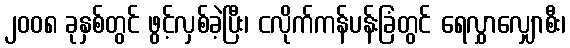
၂၀၀၈ ခုနှစ်တွင် ဖွင့်လှစ်ခဲ့ပြီး၊ ငလိုက်ကန်ပန်းခြံတွင် ရေလွှာလျှောစီး၊